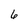
Character: 6